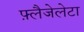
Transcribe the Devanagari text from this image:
फ़्लैजेलेटा